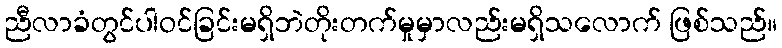
ညီလာခံတွင်ပါဝင်ခြင်းမရှိဘဲတိုးတက်မှုမှာလည်းမရှိသလောက် ဖြစ်သည်။